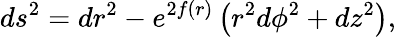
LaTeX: ds^{2}=dr^{2}-e^{2f(r)}\left(r^{2}d\phi^{2}+dz^{2}\right),